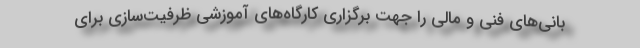
بانی‌های فنی و مالی را جهت برگزاری کارگاه‌های آموزشیِ ظرفیت‌سازی برای